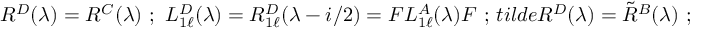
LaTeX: R ^ { D } ( \lambda ) = R ^ { C } ( \lambda ) \ ; \ L _ { 1 \ell } ^ { D } ( \lambda ) = R _ { 1 \ell } ^ { D } ( \lambda - i / 2 ) = F L _ { 1 \ell } ^ { A } ( \lambda ) F \ ; \, t i l d e { R } ^ { D } ( \lambda ) = \tilde { R } ^ { B } ( \lambda ) \ ;